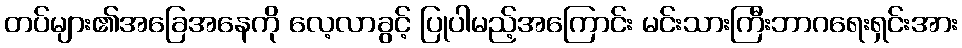
တပ်များ၏အခြေအနေကို လေ့လာခွင့် ပြုပါမည့်အကြောင်း မင်းသားကြီးဘာဂရေးရှင်းအား